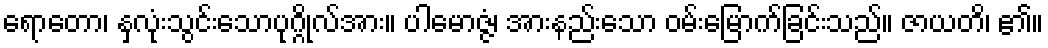
ရောတော၊ နှလုံးသွင်းသောပုဂ္ဂိုလ်အား။ ပါမောဇ္ဇံ၊ အားနည်းသော ဝမ်းမြောက်ခြင်းသည်။ ဇာယတိ၊ ၏။